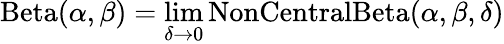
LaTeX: \operatorname{Beta}(\alpha,\beta)=\operatorname*{lim}_{\delta\to 0}\mathrm{{NonCentralBeta}}(\alpha,\beta,\delta)